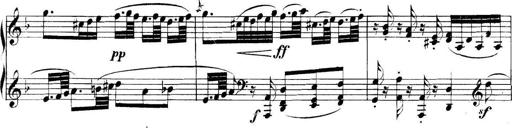
Title: Collected Piano Sonatas
Composer: Muzio Clementi